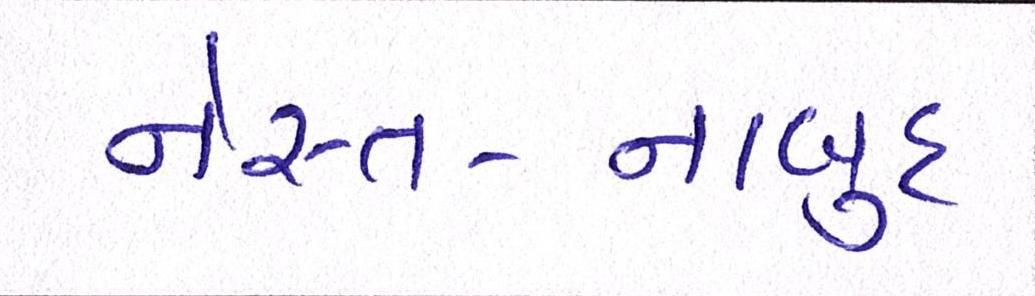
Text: નેસ્ત-નાબુદ